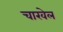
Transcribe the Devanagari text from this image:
चाखेल